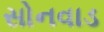
સોનવાડ